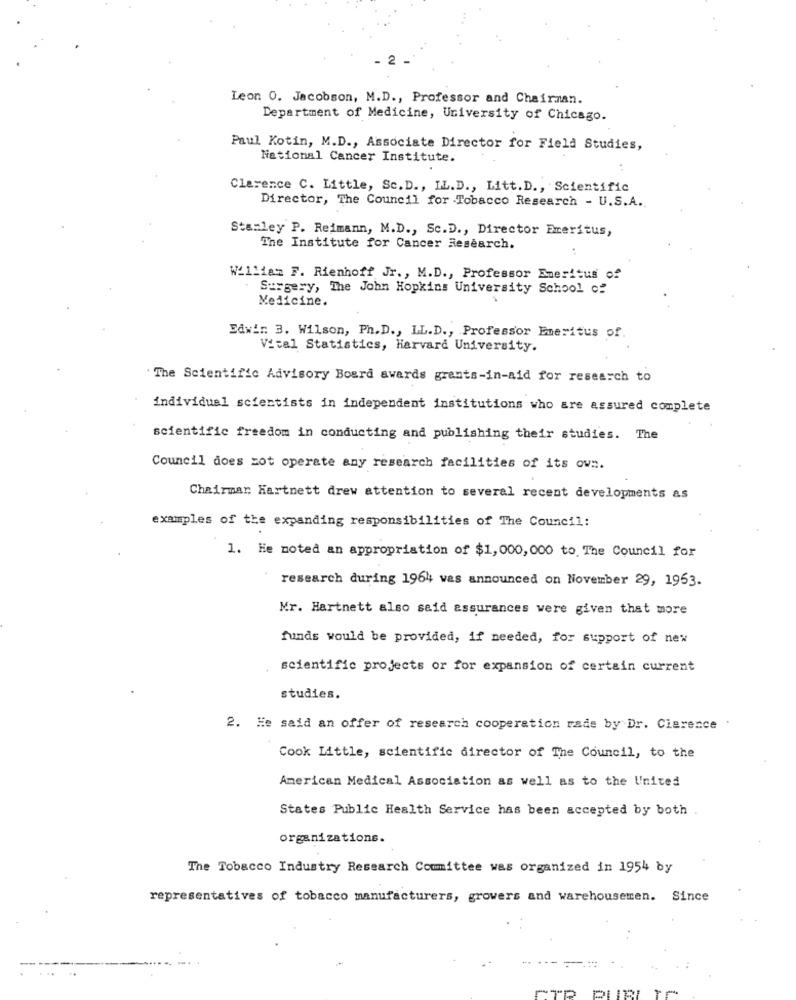
Leon 0. Jacobson, M.D ., Professor and Chairman.
Department of Medicine, University of Chicago.
Paul Kotin, M.D ., Associate Director for Field Studies,
National Cancer Institute.
Clarence C. Little, Sc.D ., IL.D ., Litt. D ., Scientific
Director, The Council for Tobacco Research - U.S.A.
Stanley P. Reimann, M.D ., Sc.D ., Director Emeritus,
The Institute for Cancer Research.
William F. Rienhoff Jr ., M.D ., Professor Emeritus of
Surgery, The John Hopkins University School of
Medicine.
Edwin: 3. Wilson, Ph.D ., LL.D ., Professor Emeritus of.
Vital Statistics, Harvard University.
The Scientific Advisory Board awards grants-in-aid for research to
individual scientists in independent institutions who are assured complete
scientific freedom in conducting and publishing their studies. The
Council does zot operate any research facilities of its own.
Chairman Hartnett drew attention to several recent developments as
examples of the expanding responsibilities of The Council:
1. He noted an appropriation of $1,000, 000 to The Council for
research during 1964 vas announced on November 29, 1963.
Mr. Hartnett also said assurances were given that more
funds would be provided, if needed, for support of new
scientific projects or for expansion of certain current
studies.
2. He said an offer of research cooperation rade by Dr. Clarence
Cook Little, scientific director of The Council, to the
American Medical Association as well as to the United
States Public Health Service has been accepted by both
organizations.
The Tobacco Industry Research Committee was organized in 1954 by
representatives of tobacco manufacturers, growers and warehousemen. Since
...